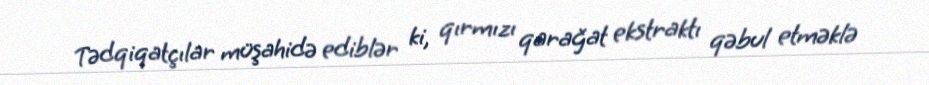
Tədqiqatçılar müşahidə ediblər ki, qırmızı qarağat ekstraktı qəbul etməklə